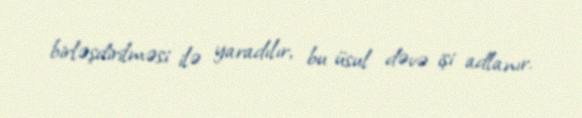
birləşdirilməsi ilə yaradılır, bu üsul dəvə işi adlanır.